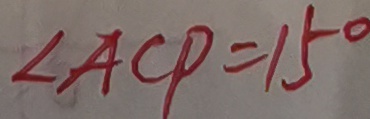
\angle A C P = 1 5 ^ { \circ }